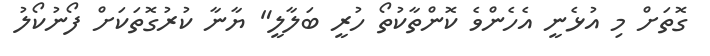
ގޮތަށް މި އުޅެނީ އެހެންވެ ކޮންތާކުތޯ ހުރީ ބަލާލީ" ޔާނާ ކުރުގޮތަކަށް ފޯނުކޯލު